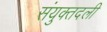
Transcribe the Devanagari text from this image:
संयुक्तदली